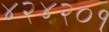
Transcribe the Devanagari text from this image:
४२४२०१